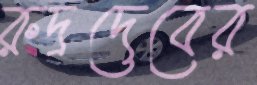
রুদ্রদেবের